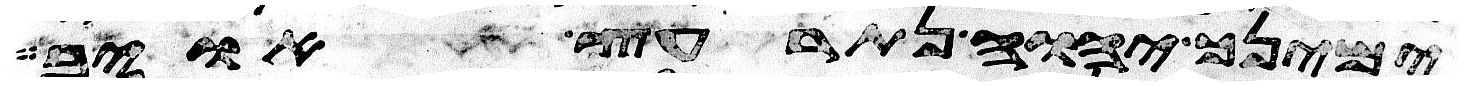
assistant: ימינך יהוה תרעץ אויב